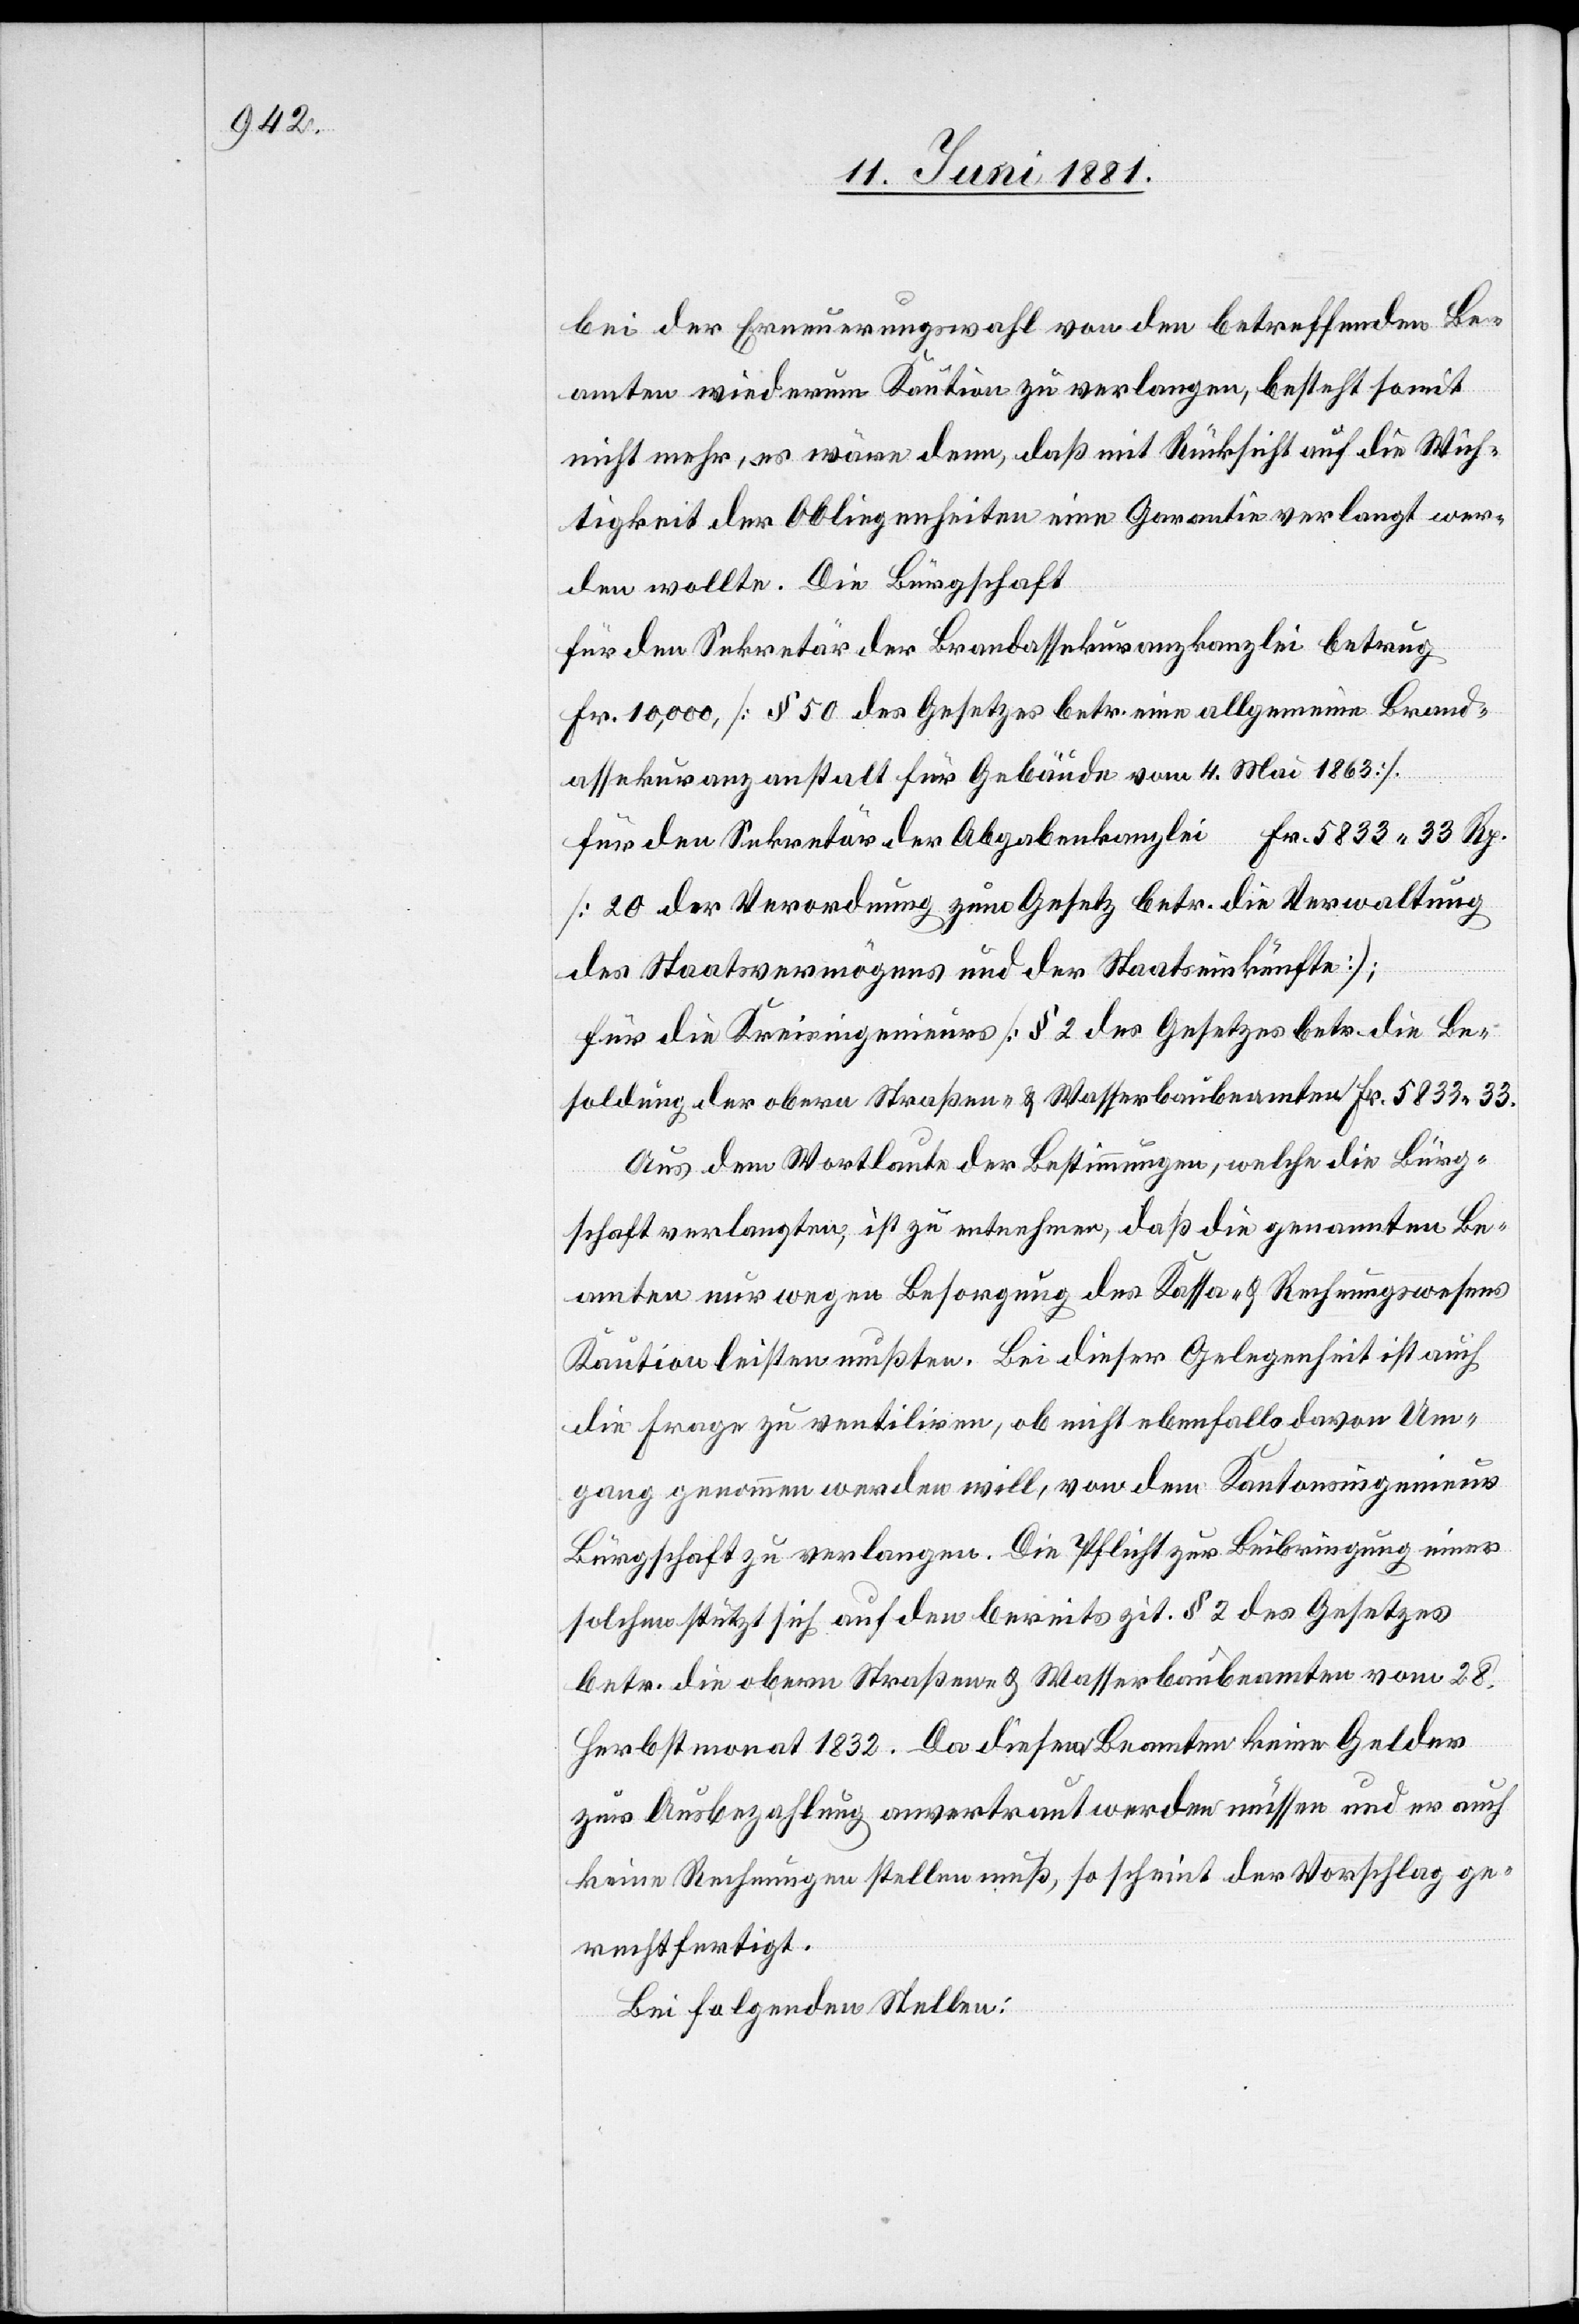
bei der Erneuerungswahl von den betreffenden Be¬
amten wiederum Kaution zu verlangen, besteht somit
nicht mehr, es wäre denn, daß mit Rücksicht auf die Wich¬
tigkeit der Obliegenheiten eine Garantie verlangt wer¬
den wollte. Die Bürgschaft
für den Sekretär der Brandassekuranzkanzlei betrug
Fr. 10,000, [§ 50 des Gesetzes betr. eine allgemeine Brand¬
assekuranzanstalt für Gebäude vom 4. Mai 1863].
für den Sekretär der Abgabekanzlei Fr. 5833 33 Rp.
[20 der Verordnung zum Gesetz betr. die Verwaltung
des Staatsvermögens und der Staatseinkünfte];
für die Kreisingenieurs [§ 2 des Gesetzes betr. die Be¬
soldung der obern Straßen- & Wasserbaubeamten Fr. 5833 33.
Aus dem Wortlaute der Bestimmungen, welche die Bürg¬
schaft verlangten, ist zu entnehmen, daß die genannten Be¬
amten nur wegen Besorgung des Kassa- & Rechnungswesens
Kaution leisten mußten. Bei dieser Gelegenheit ist auch
die Frage zu ventiliren, ob nicht ebenfalls davon Um¬
gang genommen werden will, von dem Kantonsingenieur
Bürgschaft zu verlangen. Die Pflicht zur Beibringung einer
solchen stützt sich auf den bereits zit. § 2 des Gesetzes
betr. die obern Straßen- & Wasserbaubeamten vom 28.
Herbstmonat 1832. Da diesen Beamten keine Gelder
zur Ausbezahlung anvertraut werden müssen und er auch
keine Rechnungen stellen muß, so scheint der Vorschlag ge¬
rechtfertigt.
Bei folgenden Stellen: